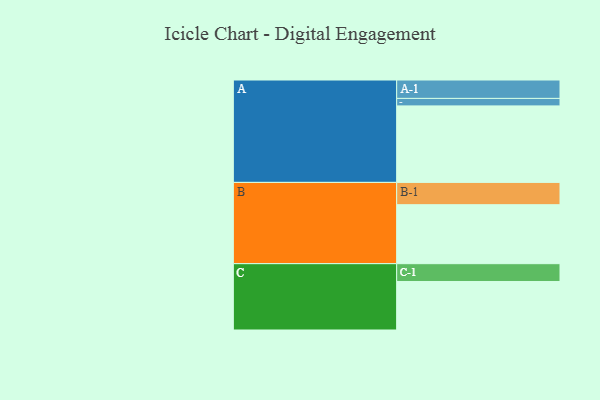
{"axis": {"x": "Segment", "y": "Value"}, "legend": ["", "A", "B", "C"], "data": [{"x": "A", "y": 511, "type": ""}, {"x": "B", "y": 394, "type": ""}, {"x": "C", "y": 324, "type": ""}, {"x": "A-1", "y": 123, "type": "A"}, {"x": "A-2", "y": 50, "type": "A"}, {"x": "B-1", "y": 149, "type": "B"}, {"x": "C-1", "y": 119, "type": "C"}]}